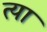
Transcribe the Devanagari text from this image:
त्या